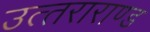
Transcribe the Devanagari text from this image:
उत्‍तराराण्‍ड